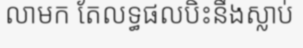
លាមក តែលទ្ធផលបិះនឹងស្លាប់